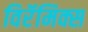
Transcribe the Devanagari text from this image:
विरॅमिक्स